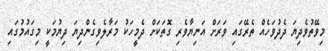
މިވޭތުވެދިޔަ ދެދުވަހެއް ތެރޭގައި ވަރަށް އަނިޔާވެރި ގޮތަކަށް ދެމީހަކު މަރާލެވިގެންދިޔަ ދިޔުމަކީ މިގައުމުގައި